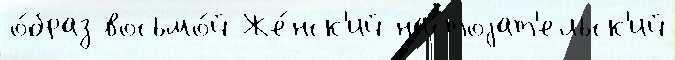
о́браз восьмо́й Же́нск'ий настоjат'ельск'ий